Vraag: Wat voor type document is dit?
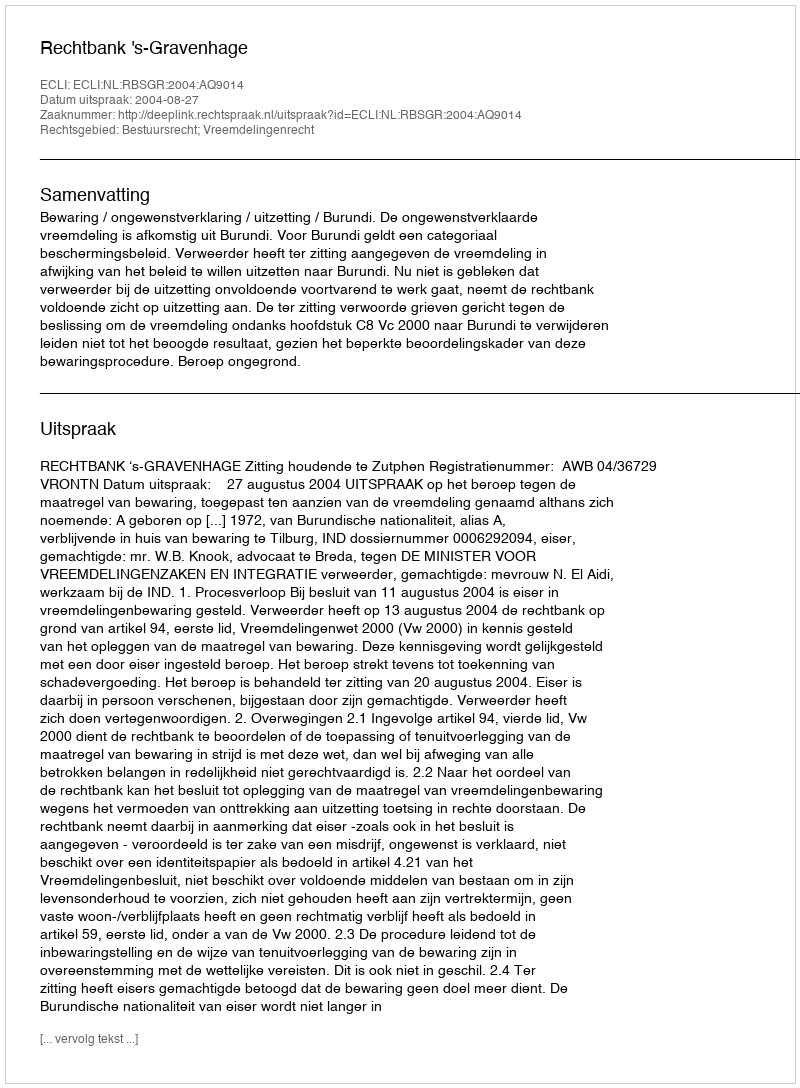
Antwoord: Uitspraak